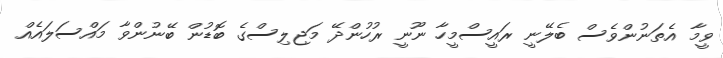
ވީމާ އެތަނުންވެސް ބެލޭނީ ރައީސްމީހާ ނޫނީ ރުހުންދޭ މަޖިލިސްގެ ބޮޑުން ބޭނުންވާ މައްސަލައެއް